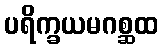
ပရိက္ခယမဂစ္ဆထ